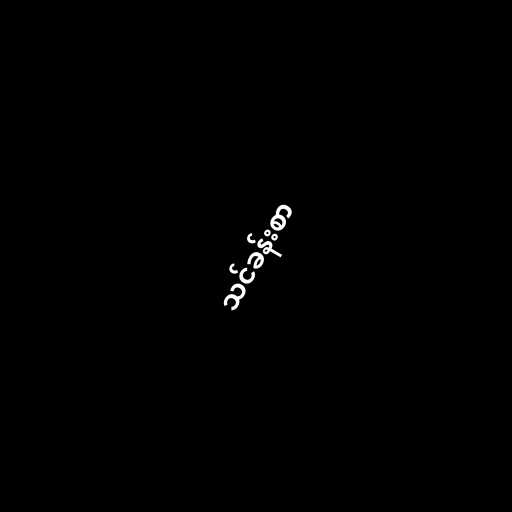
သင်ခန်းစာ